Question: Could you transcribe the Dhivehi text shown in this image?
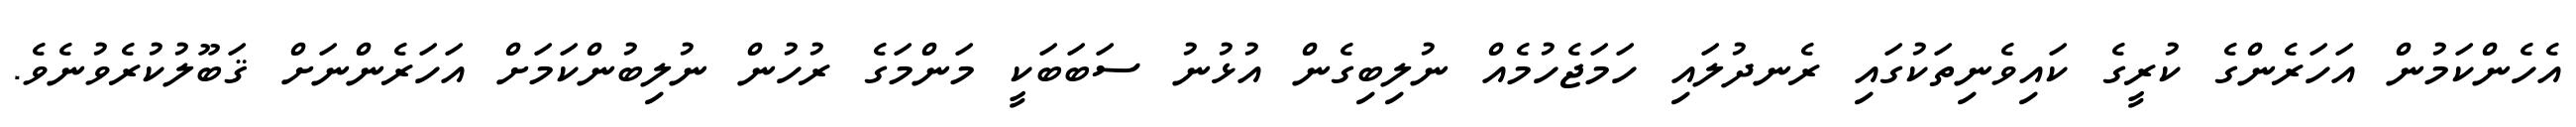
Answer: އެހެންކަމުން އަހަރެންގެ ކުރީގެ ކައިވެނިތަކުގައި ރެނދުލައި ހަމަޖެހުމެއް ނުލިބިގެން އުޅުނު ސަބަބަކީ މަންމަގެ ރުހުން ނުލިބުންކަމަށް އަހަރެންނަށް ޤަބޫލުކުރެވުނެވެ.